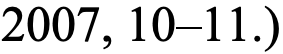
2007, 10–11.)